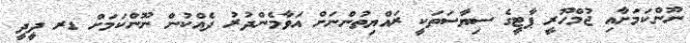
ނޫންކަމަށާއި ޖުމްހޫރީ ޕާޓީގެ ސިޔާސަތަކީ ރައްޔިތުންނަށް އަވާމެންދުރު ދެއްކުން ނޫންކަމަށް ޑރ ދީދީ